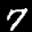
Label: 7